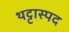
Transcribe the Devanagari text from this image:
थट्टास्पद